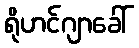
ရိုဟင်ဂျာခေါ်